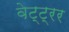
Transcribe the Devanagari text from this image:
वेट्ट्रर